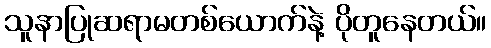
သူနာပြုဆရာမတစ်ယောက်နဲ့ ပိုတူနေတယ်။